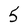
Character: 5